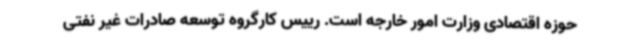
حوزه اقتصادی وزارت امور خارجه است. رییس کارگروه توسعه صادرات غیر نفتی